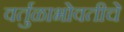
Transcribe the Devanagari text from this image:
वर्तुळाभोवतीचे